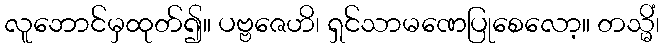
လူဘောင်မှထုတ်၍။ ပဗ္ဗဇေဟိ၊ ရှင်သာမဏေပြုစေလော့။ တသ္မိံ၊